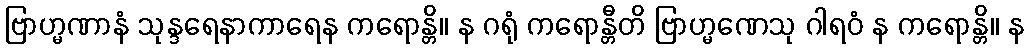
ဗြာဟ္မဏာနံ သုန္ဒရေနာကာရေန ကရောန္တိ။ န ဂရုံ ကရောန္တီတိ ဗြာဟ္မဏေသု ဂါရဝံ န ကရောန္တိ။ န